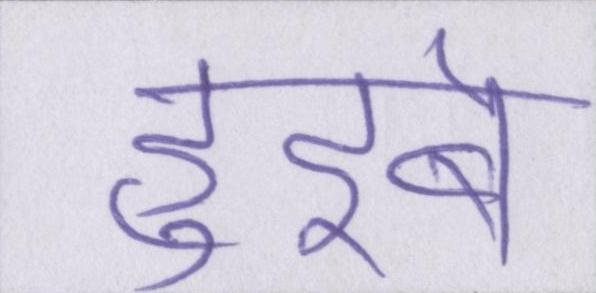
हुइबे